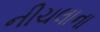
નીચલાના